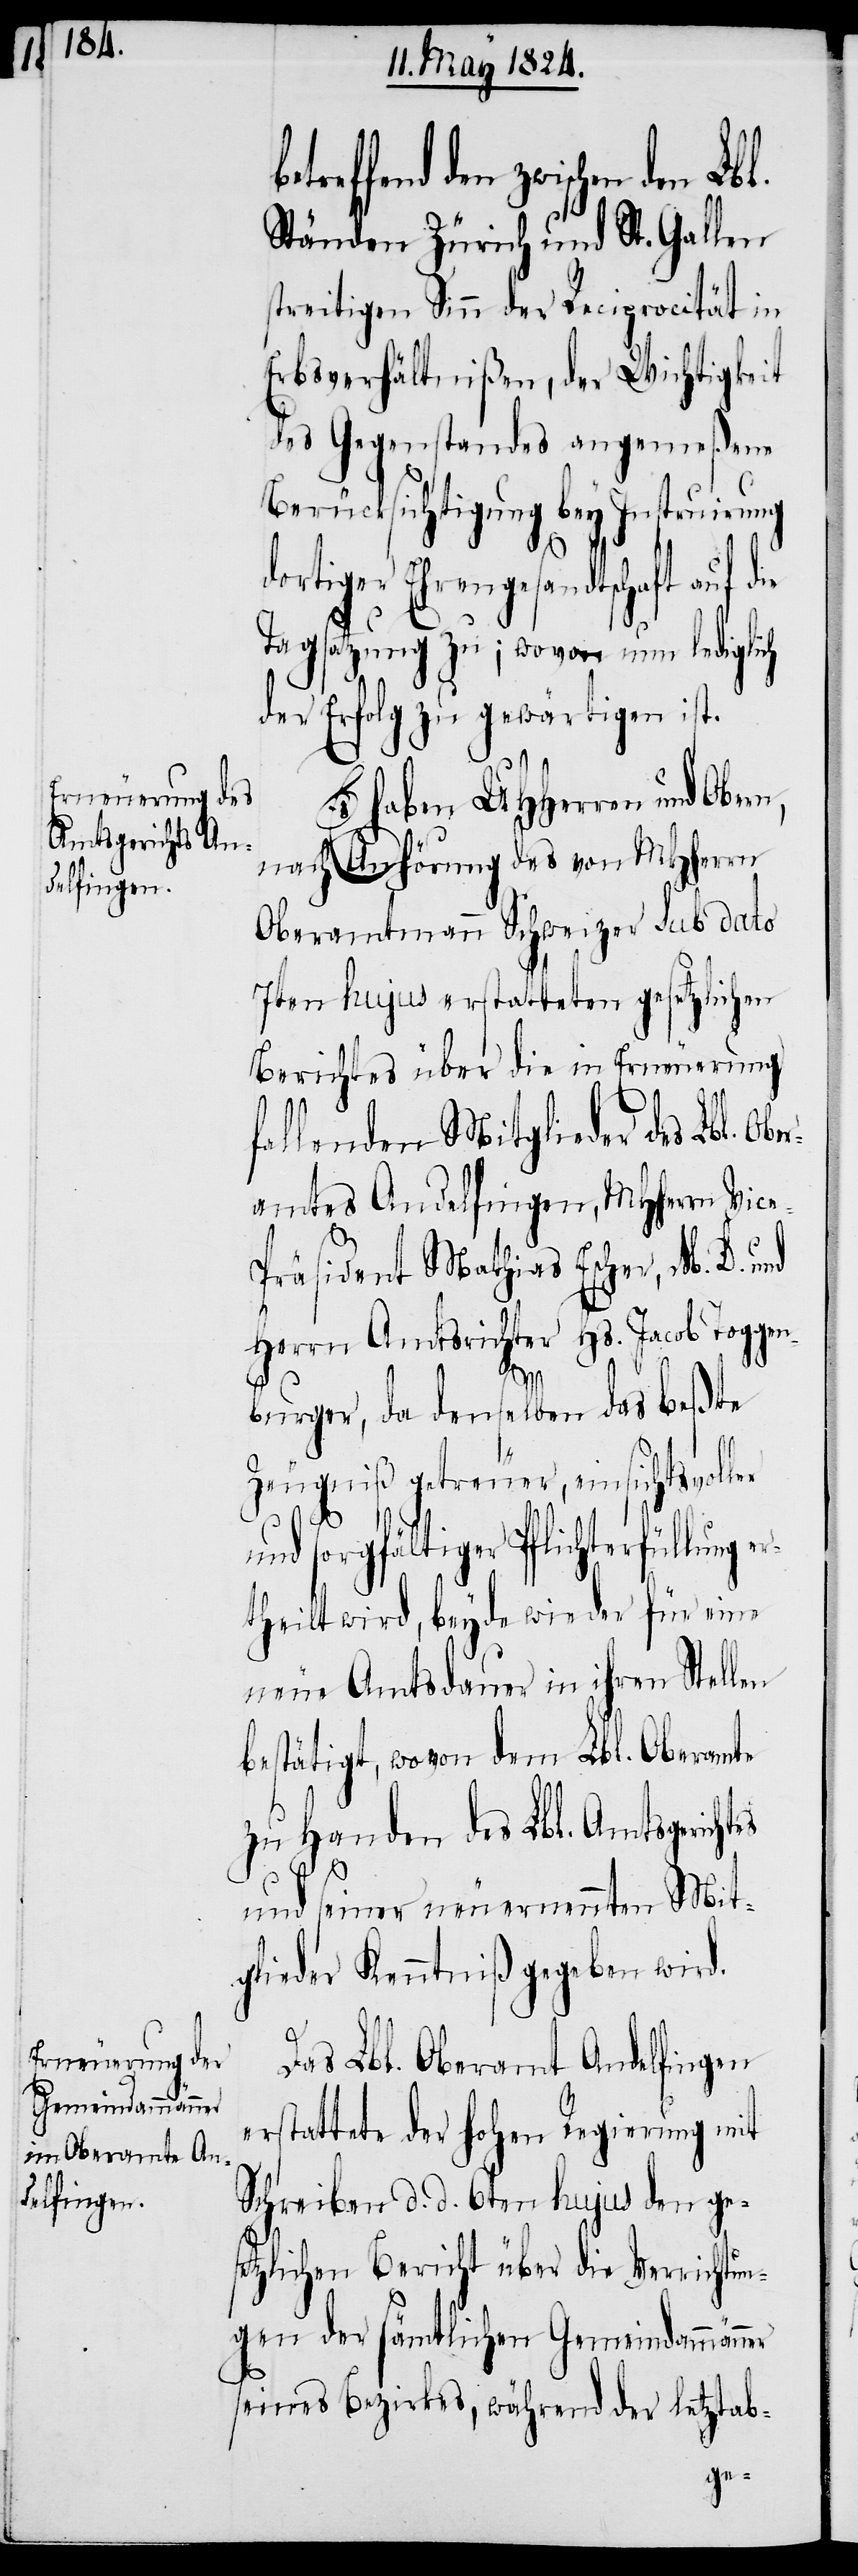
effend den zwischen den Lb¬
Ständen Zürich und St. Gallen
streitigen Sinn der Reciprocität in
Erbsverhältnißen, der Wichtigkeit
des Gegenstandes angemeßene
Berücksichtigung bey Instruirung
die
ortiger Ehrengesandtschaft
Tagsatzung zu; wovon nun lediglich
der Erfolg zu gewärtigen ist.
haben UHHerren und Obern,
er¬
nach Anhörung des von MHHerrn
Oberamtmann Schweizer sub dato
7ten hujus erstatteten gesetzlichen
Berichtes über die in Erneuerung
fallenden Mitglieder des Lbl.
amtes Andelfingen, MHHerrn Vic¬
räsident Mathias Escher, M. D.
Herrn Amtsrichter Hs. Jacob Tog¬
burger, da denselben das beßte
Zeugniß getreuer, einsichtsvoller
Ober¬
und sorgfältiger Pflichterfüllung
theilt wird, beyde wieder für eine
neue Amtsdauer in ihren Stellen
bestätigt, wovon dem Lbl. Oberamte
zu Handen des Lbl. Amtsgerichtes
und seiner neu ernennten Mit¬
glieder Kenntniß gegeben wird.
Das Lbl. Oberamt Andelfingen
erstattete der hohen Regierung mit
Schreiben d. d. 6ten hujus den ges¬
etzlichen Bericht über die Verrichtun¬
gen der sämtlichen Gemeindammänner
seines Bezirkes, während der letztab-
gen¬